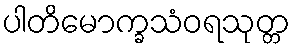
ပါတိမောက္ခသံဝရသုတ္တ